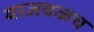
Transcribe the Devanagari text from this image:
याजवळच